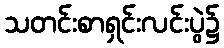
သတင်းစာရှင်းလင်းပွဲ၌